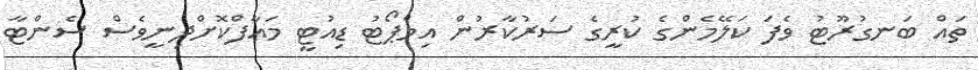
ތައް ބަނގުރޫޓު ވެފަ ކަލޭމެންގެ ކުރީގެ ސަރުކާރުން އިމްޕޯޓު ޑިއުޓީ މަޢާފްކޮށްދިނީވެސް ސެންޓާ